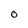
Character: 0